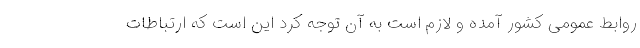
روابط عمومی کشور آمده و لازم است به آن توجه کرد این است که ارتباطات